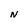
Character: N